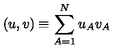
( u , v ) \equiv \sum _ { A = 1 } ^ { N } u _ { A } v _ { A }